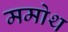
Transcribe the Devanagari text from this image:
ममोथ